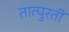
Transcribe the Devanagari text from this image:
तात्पुरतीं